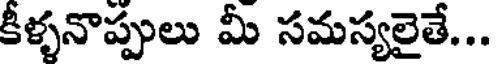
కీళ్ళనొప్పులు మీ సమస్యలైతే...